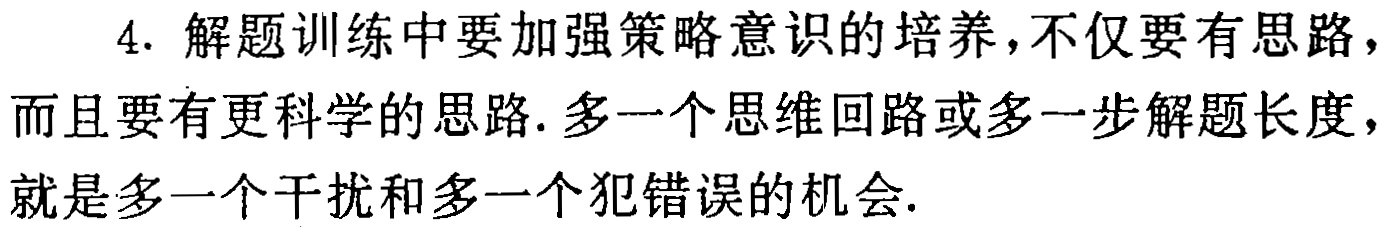
4. 解题训练中要加强策略意识的培养，不仅要有思路，而且要有更科学的思路. 多一个思维回路或多一步解题长度，就是多一个干扰和多一个犯错误的机会.